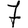
Digit: 7